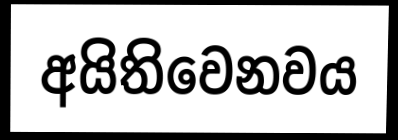
අයිතිවෙනවය